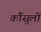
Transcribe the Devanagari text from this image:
कौंसुलों